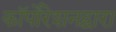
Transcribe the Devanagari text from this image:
कॉर्पोरेशनद्वारा